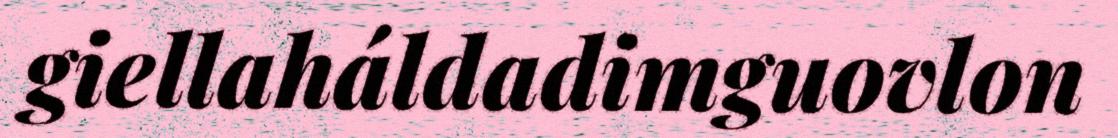
giellaháldadimguovlon